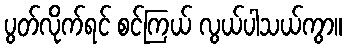
ပွတ်လိုက်ရင် စင်ကြယ် လွယ်ပါသယ်ကွာ။